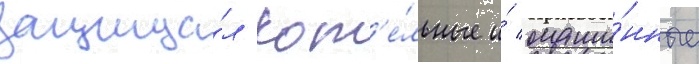
защища́л кот'е́льные и́ маши́нные